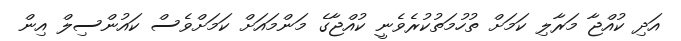
އަދި ކުއްޖާ މަރާލި ކަމަށް ތުހުމަތުކުރެވެނީ ކުއްޖާގެ މަންމައަށް ކަމަށްވެސް ކައުންސިލް އިން